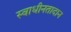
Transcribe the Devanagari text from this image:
स्वाधीनतादान